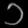
Digit: ၁